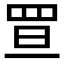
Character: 𦊥